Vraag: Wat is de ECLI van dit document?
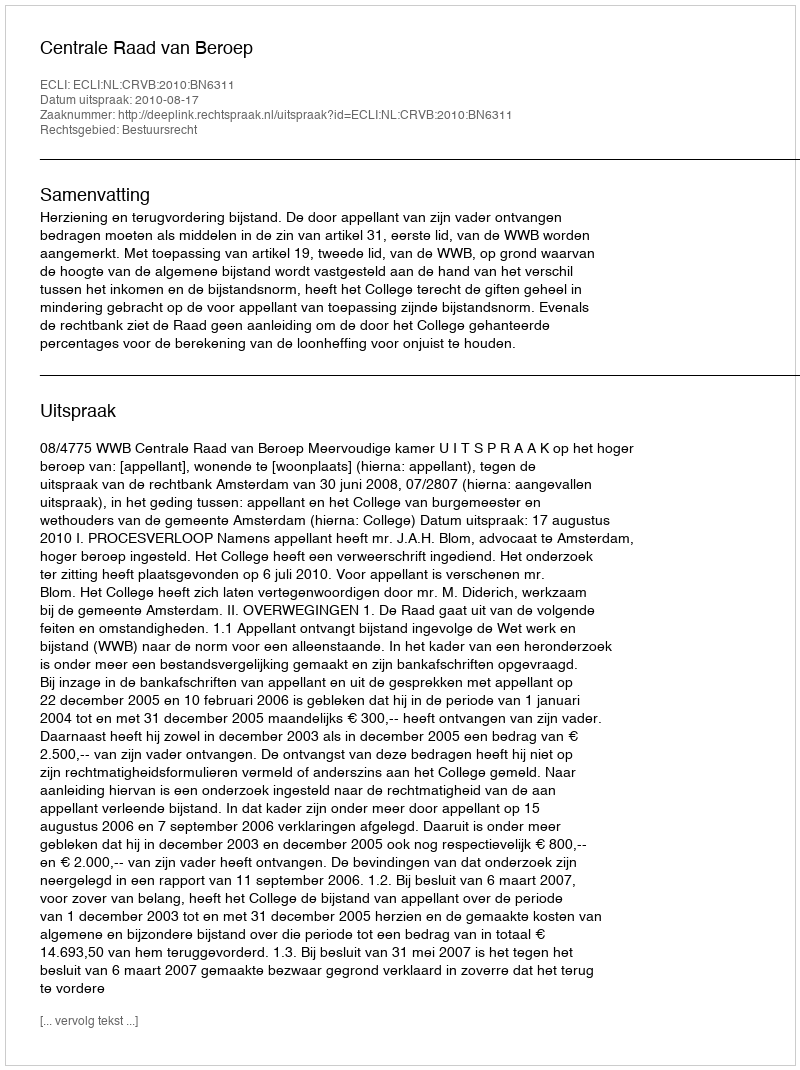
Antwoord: ECLI:NL:CRVB:2010:BN6311